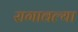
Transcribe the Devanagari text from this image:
रागावल्या